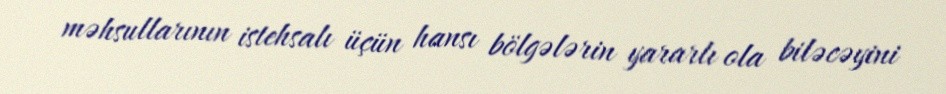
məhsullarının istehsalı üçün hansı bölgələrin yararlı ola biləcəyini